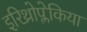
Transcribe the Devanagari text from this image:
इरिथ्रोप्लेकिया